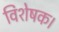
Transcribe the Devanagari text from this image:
विशेषक।